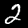
Digit: 2